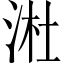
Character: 𬇩